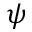
\psi